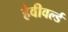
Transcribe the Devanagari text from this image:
हैवीवर्ल्ड